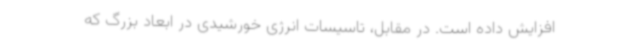
افزایش داده است. در مقابل، تاسیسات انرژی خورشیدی در ابعاد بزرگ که